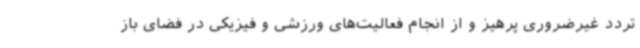
تردد غیرضروری پرهیز و از انجام فعالیت‌های ورزشی و فیزیکی در فضای باز